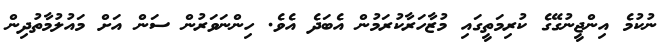
ނުކުމެ އިންޖީނުގޭގެ ކުރިމަތީގައި މުޒާހަރާކުރަމުން އެބަދެ އެވެ. ހިންނަވަރުން ސަން އަށް މައުލުމާތުދިން